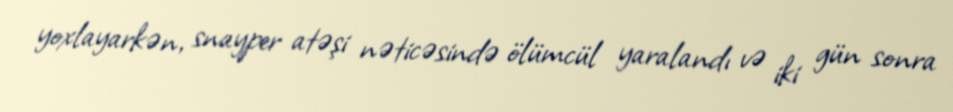
yoxlayarkən, snayper atəşi nəticəsində ölümcül yaralandı və iki gün sonra